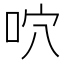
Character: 𠱇